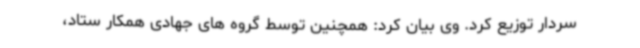
سردار توزیع کرد. وی بیان کرد: همچنین توسط گروه های جهادی همکار ستاد،